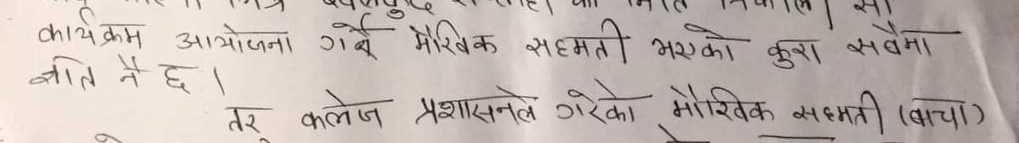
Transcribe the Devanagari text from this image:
कार्यक्रम आयोजना गर्ने मौखिक सहमति भएको कुरा सबैमा
ज्ञातै नै छ।
तर कलेज प्रशासनले गरेको मौखिक सहमति (बाचा)